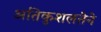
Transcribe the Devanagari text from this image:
अतिकुशलतेने